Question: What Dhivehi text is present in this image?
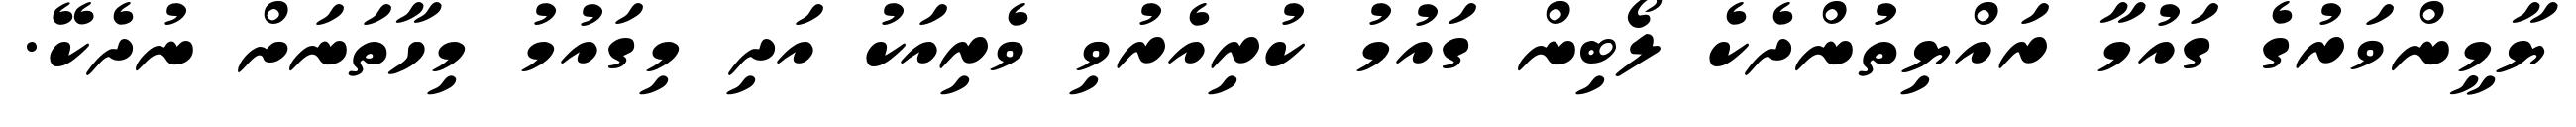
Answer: ޔާމީންވަރުގެ ގައުމާ ރައްޔިތުންދެކެ ލޯބިން ގައުމު ކުރިއެރުވި ވެރިއަކު އަދި މިގައުމު މިހާތަނަށް ނުދެކޭ.